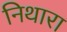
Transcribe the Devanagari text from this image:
निथारा